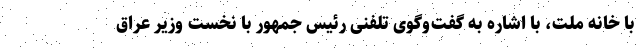
با خانه ملت، با اشاره به گفت‌وگوی تلفنی رئیس جمهور با نخست وزیر عراق